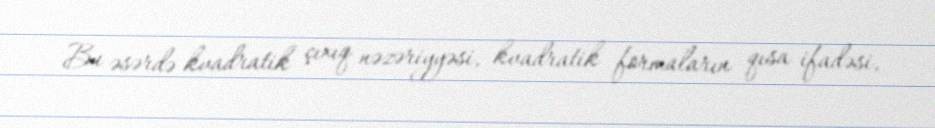
Bu əsərdə kvadratik çıxıq nəzəriyyəsi, kvadratik formaların qısa ifadəsi,